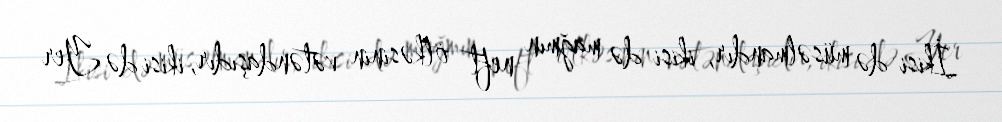
İkisi də müsəlmandır, ikisi də mağmın neft ölkəsinin vətəndaşıdır, ikisi də Yer